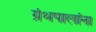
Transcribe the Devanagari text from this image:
ग्रंथपालांना